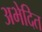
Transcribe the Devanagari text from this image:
अभेदित